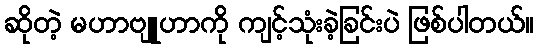
ဆိုတဲ့ မဟာဗျူဟာကို ကျင့်သုံးခဲ့ခြင်းပဲ ဖြစ်ပါတယ်။